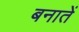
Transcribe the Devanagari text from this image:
बनातें